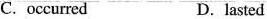
C. occurred D.lasted